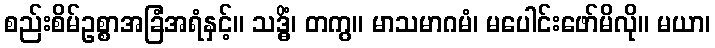
စည်းစိမ်ဥစ္စာအခြံအရံနှင့်။ သဒ္ဓိံ၊ တကွ။ မာသမာဂမံ၊ မပေါင်းဖော်မိလို။ မယာ၊